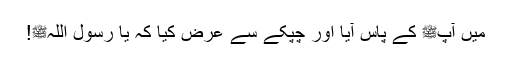
میں آپﷺ کے پاس آیا اور چپکے سے عرض کیا کہ یا رسول اللہﷺ!